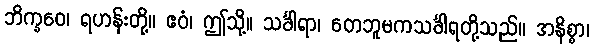
ဘိက္ခဝေ၊ ရဟန်းတို့။ ဧဝံ၊ ဤသို့။ သင်္ခါရာ၊ တေဘူမကသင်္ခါရတို့သည်။ အနိစ္စာ၊